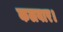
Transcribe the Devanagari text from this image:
कलवार।